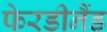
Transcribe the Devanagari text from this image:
फेरडीनैंड